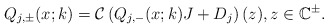
\begin{align*}Q_{j,\pm}(x;k)=\mathcal{C}\left(Q_{j,-}(x ; k) J+D_j\right)(z), z \in \mathbb{C}^{\pm}.\end{align*}